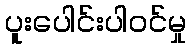
ပူးပေါင်းပါဝင်မှု